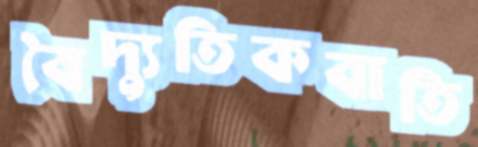
বৈদ্যুতিকবাতি